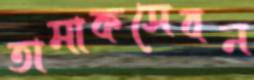
তামাকসেবন